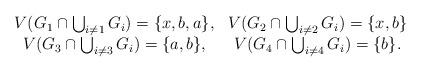
LaTeX: \begin{align*}\begin{array}{cc}V(G_1\cap \bigcup_{i\neq 1} G_i)= \{x,b,a\}, &V(G_2\cap \bigcup_{i\neq 2} G_i)= \{x,b\} \\V(G_3\cap \bigcup_{i\neq 3} G_i)= \{a, b\}, &V(G_4\cap \bigcup_{i\neq 4} G_i)= \{b\}.\end{array}\end{align*}